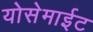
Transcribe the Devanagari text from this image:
योसेमाईट